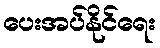
ပေးအပ်နိုင်ရေး